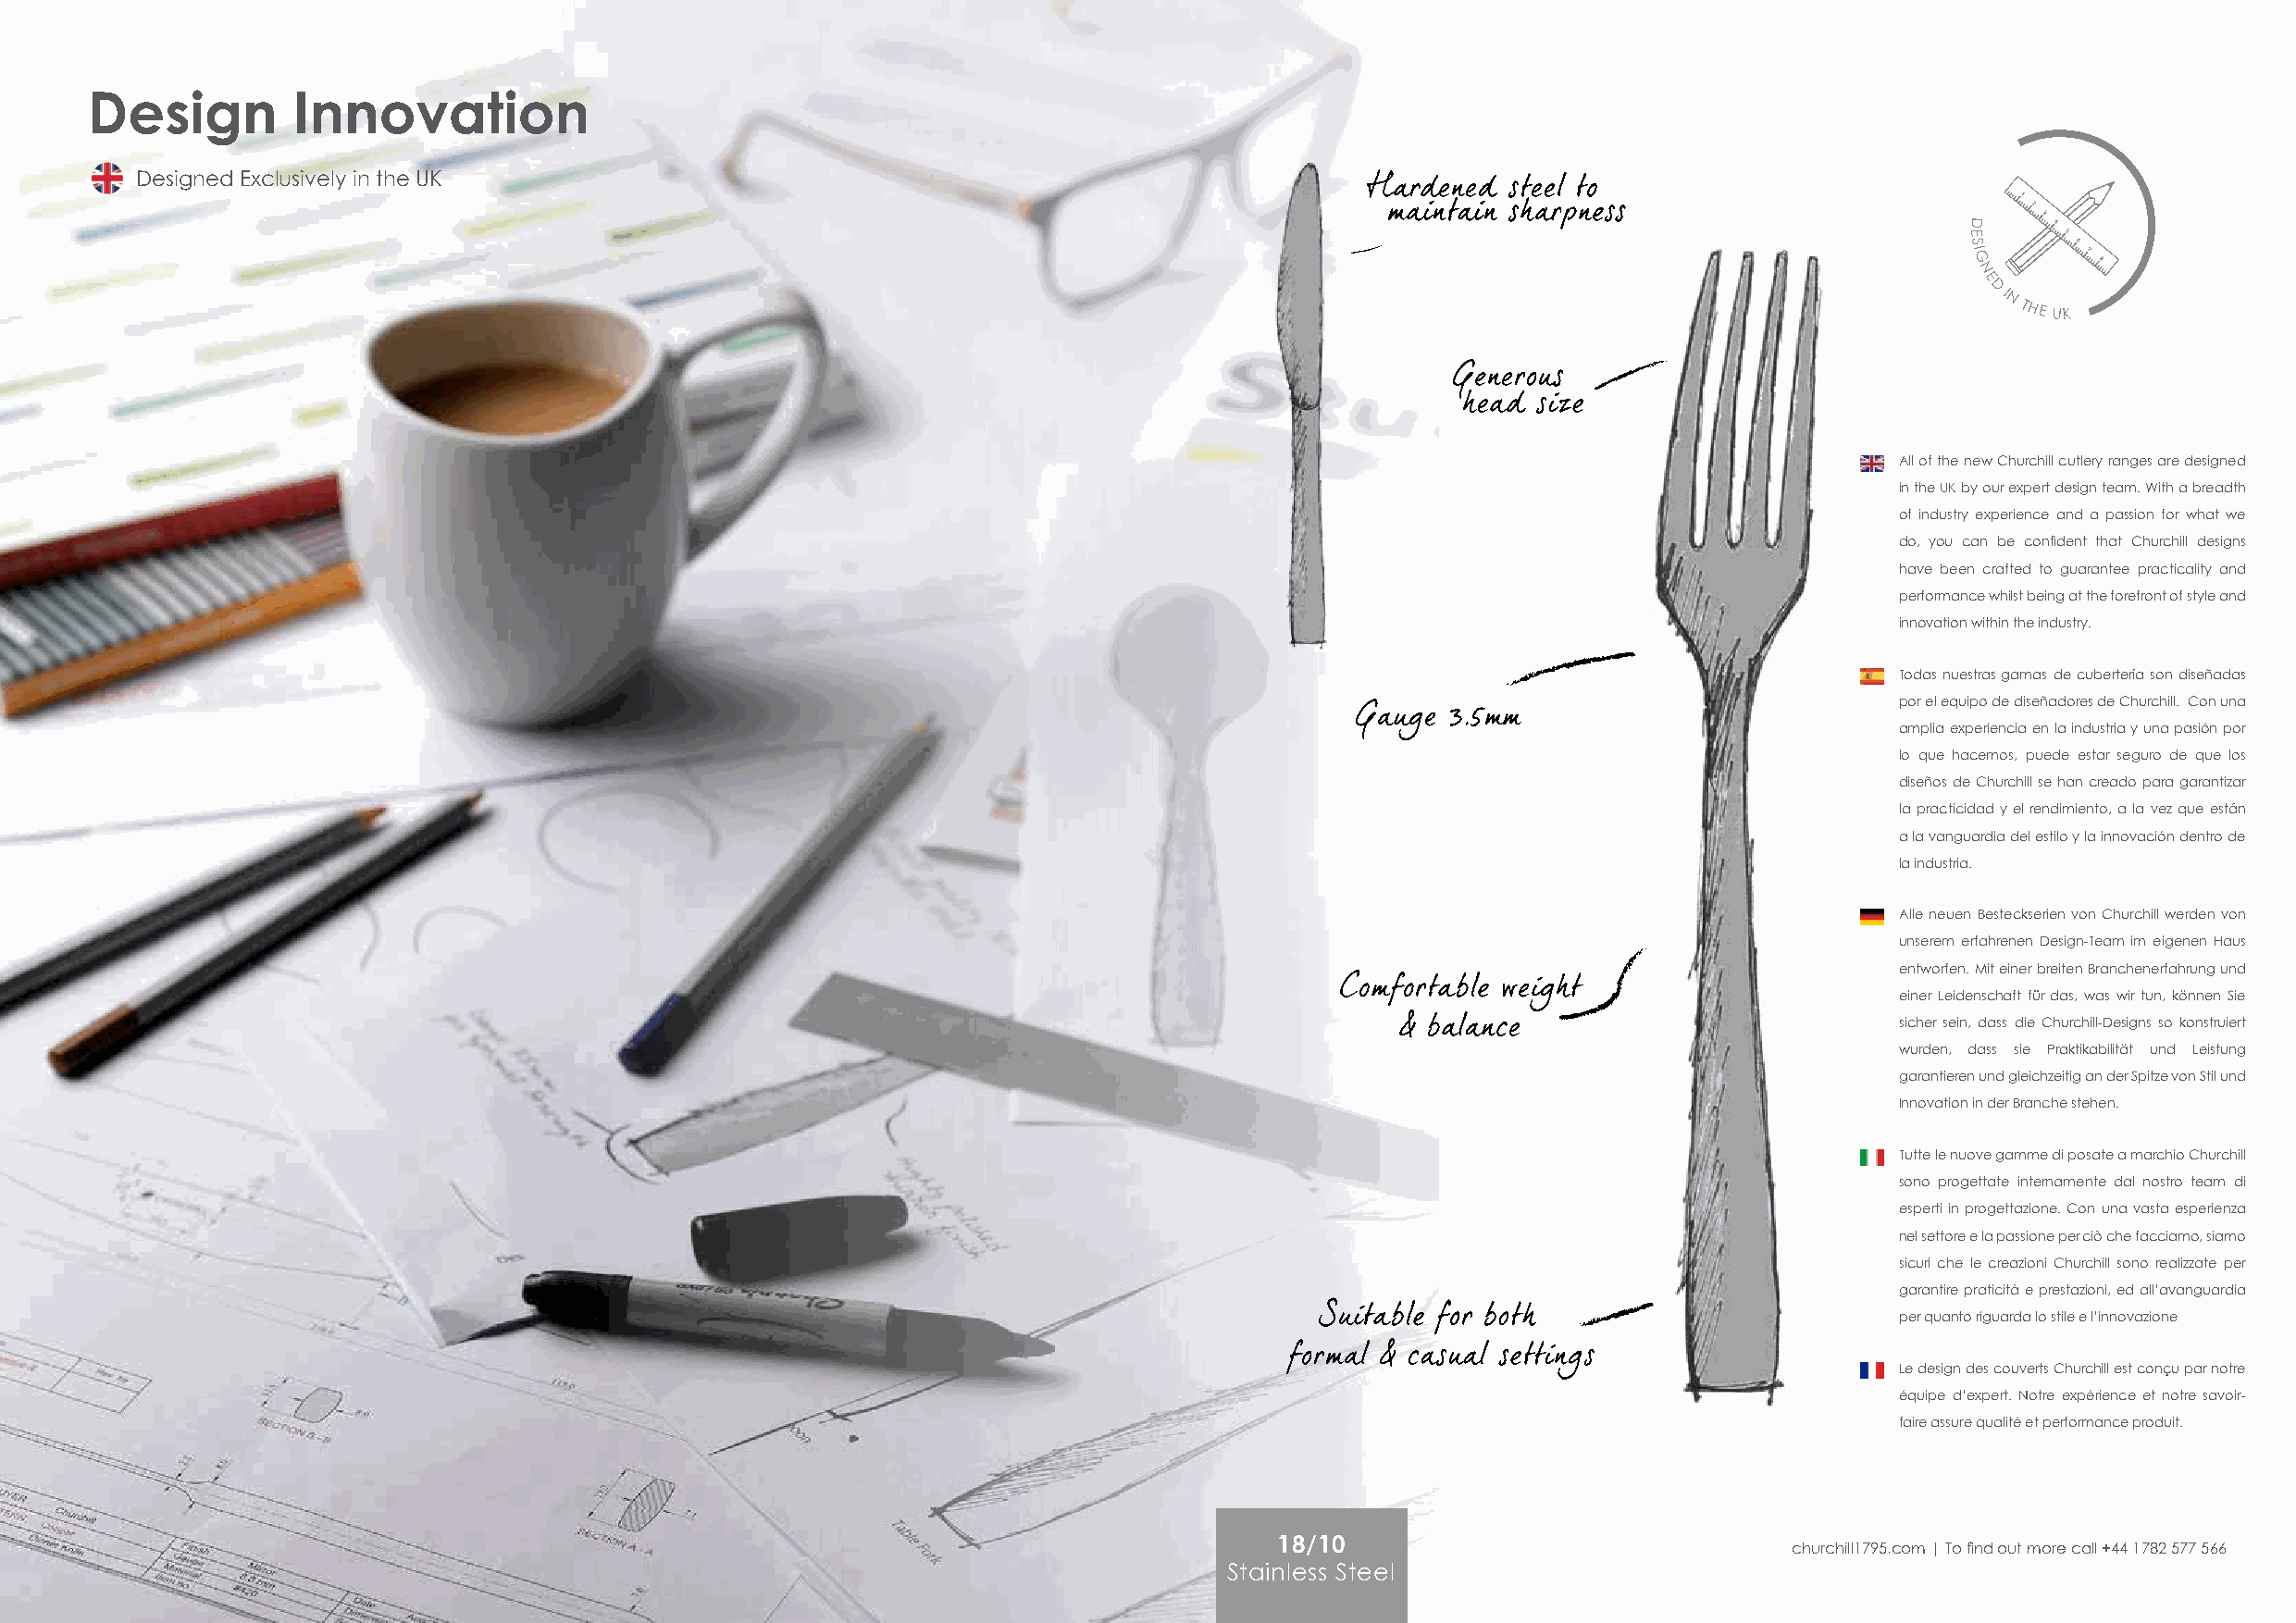
Design         Innovation
 Designed Exclusively in the UK
 1
 2
 3
 D     4
 E      5
 S      6
 IG      7
 8
 N
 E
 DI
 NTHEUK
 All of the new Churchill cutlery ranges are designed
 in the UK by our expert design team. With a breadth
 of industry experience and a passion for what we
 do, you can be confident that Churchill designs
 have been crafted to guarantee practicality and
 performance whilst being at the forefront of style and
 innovation within the industry.
 Todas nuestras gamas de cubertería son diseñadas
 por el equipo de diseñadores de Churchill. Con una
 amplia experiencia en la industria y una pasión por
 lo que hacemos, puede estar seguro de que los
 diseños de Churchill se han creado para garantizar
 la practicidad y el rendimiento, a la vez que están
 a la vanguardia del estilo y la innovación dentro de
 la industria.
 Alle neuen Besteckserien von Churchill werden von
 unserem erfahrenen Design-Team im eigenen Haus
 entworfen. Mit einer breiten Branchenerfahrung und
 einer Leidenschaft für das, was wir tun, können Sie
 sicher sein, dass die Churchill-Designs so konstruiert
 wurden, dass sie Praktikabilität und Leistung
 garantieren und gleichzeitig an der Spitze von Stil und
 Innovation in der Branche stehen.
 Tutte le nuove gamme di posate a marchio Churchill
 sono progettate internamente dal nostro team di
 esperti in progettazione. Con una vasta esperienza
 nel settore e la passione per ciò che facciamo, siamo
 sicuri che le creazioni Churchill sono realizzate per
 garantire praticità e prestazioni, ed all’avanguardia
 per quanto riguarda lo stile e l’innovazione
 Le design des couverts Churchill est conçu par notre
 équipe d’expert. Notre expérience et notre savoir-
 faire assure qualité et performance produit.
 18/10
 churchill1795.com | To find out more call +44 1782 577 566
 Stainless Steel